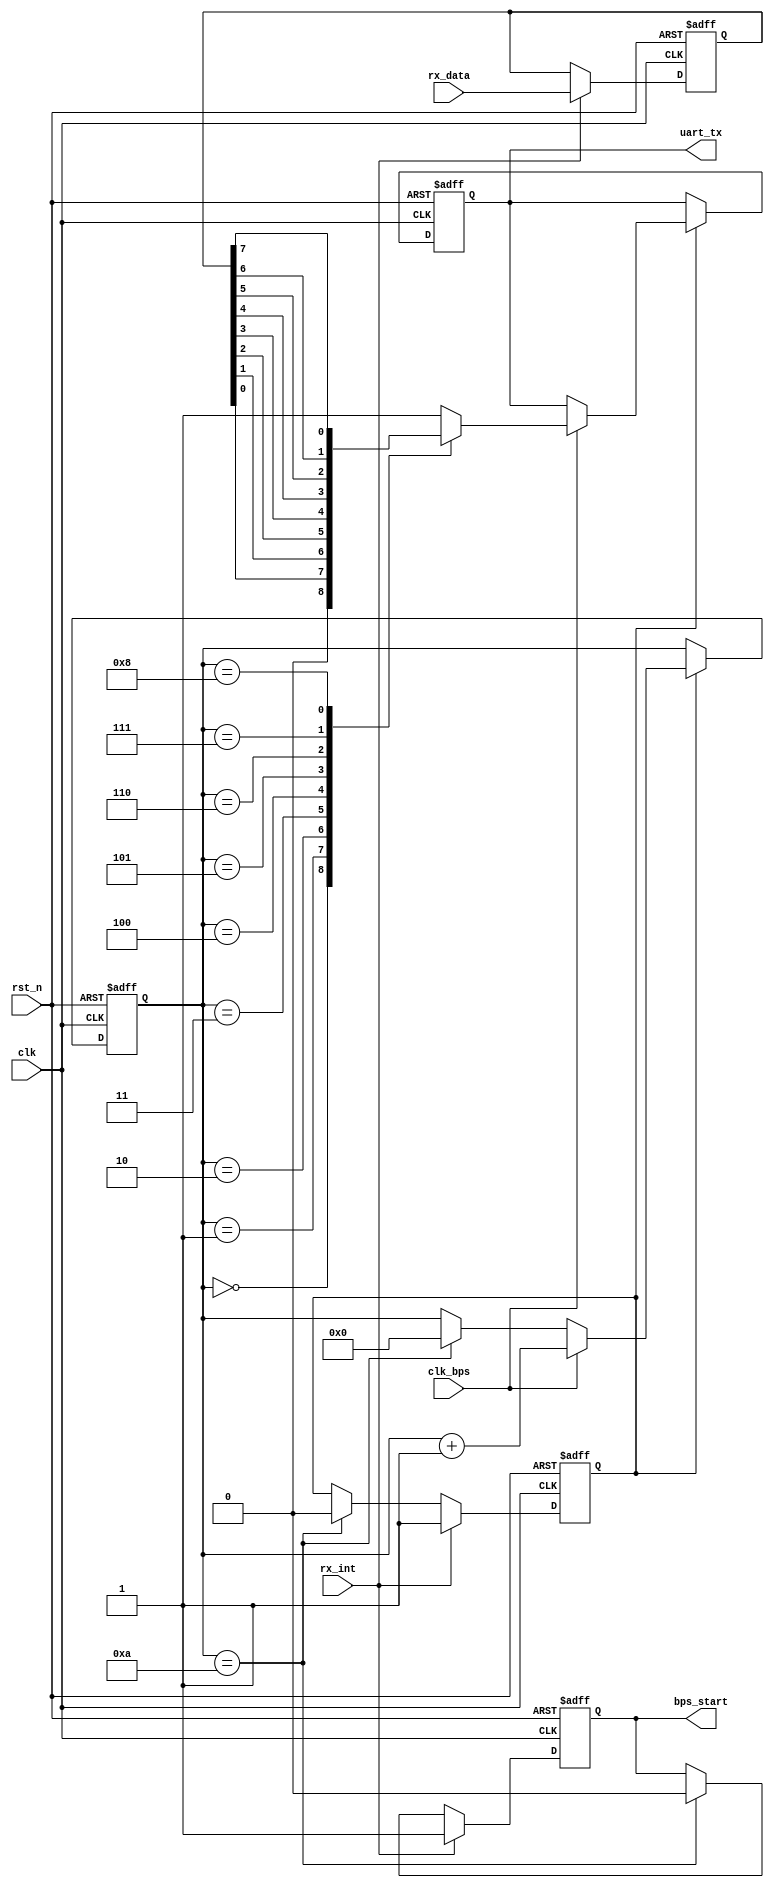
/////////////////////////////////////////////////////////////////////////////
// Xilinx Spartan 6 FPGA
// SF-SP6 
//         FPGA
//				SF-SP6
// http://myfpga.taobao.com/
//  http://pan.baidu.com/s/1jGjAhEm
//                 
/////////////////////////////////////////////////////////////////////////////
module my_uart_tx(
				input clk,			// 50MHz
				input rst_n,		//
				input clk_bps,		// clk_bps_r,
				input[7:0] rx_data,	//
				input rx_int,		//,,
				output uart_tx,	// RS232
				output reg bps_start	//
			);

//---------------------------------------------------------
reg[7:0] tx_data;	//
reg tx_en;	//
reg[3:0] num;

always @ (posedge clk or negedge rst_n) 
	if(!rst_n) begin
		bps_start <= 1'b0;
		tx_en <= 1'b0;
		tx_data <= 8'd0;
	end
	else if(rx_int) begin	//
		bps_start <= 1'b1;
		tx_data <= rx_data;	//
		tx_en <= 1'b1;		//
	end
	else if(num == 4'd10) begin	//
		bps_start <= 1'b0;
		tx_en <= 1'b0;
	end

//---------------------------------------------------------
reg uart_tx_r;

always @ (posedge clk or negedge rst_n)
	if(!rst_n) begin
		num <= 4'd0;
		uart_tx_r <= 1'b1;
	end
	else if(tx_en) begin
		if(clk_bps)	begin
			num <= num+1'b1;
			case (num)
				4'd0: uart_tx_r <= 1'b0; 	//
				4'd1: uart_tx_r <= tx_data[0];	//bit0
				4'd2: uart_tx_r <= tx_data[1];	//bit1
				4'd3: uart_tx_r <= tx_data[2];	//bit2
				4'd4: uart_tx_r <= tx_data[3];	//bit3
				4'd5: uart_tx_r <= tx_data[4];	//bit4
				4'd6: uart_tx_r <= tx_data[5];	//bit5
				4'd7: uart_tx_r <= tx_data[6];	//bit6
				4'd8: uart_tx_r <= tx_data[7];	//bit7
				4'd9: uart_tx_r <= 1'b1;	//
			 	default: uart_tx_r <= 1'b1;
			endcase
		end
		else if(num == 4'd10) num <= 4'd0;	//
	end

assign uart_tx = uart_tx_r;

endmodule